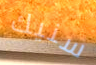
سنيك